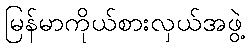
မြန်မာကိုယ်စားလှယ်အဖွဲ့